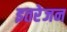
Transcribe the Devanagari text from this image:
इतरेजन